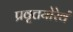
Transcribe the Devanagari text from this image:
प्रवृत्तयोरेवं